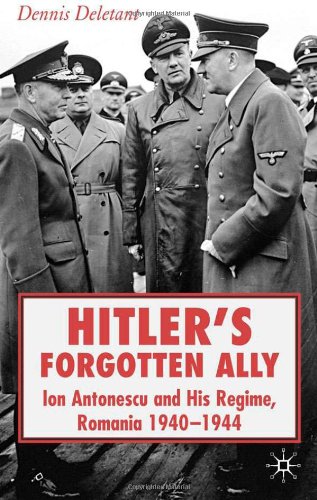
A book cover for Hitler's Forgotten Ally: Ion Antonescu and his Regime, Romania, 1940 -1944; Dennis Deletant; History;